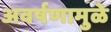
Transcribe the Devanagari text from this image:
अवर्षणामुळे